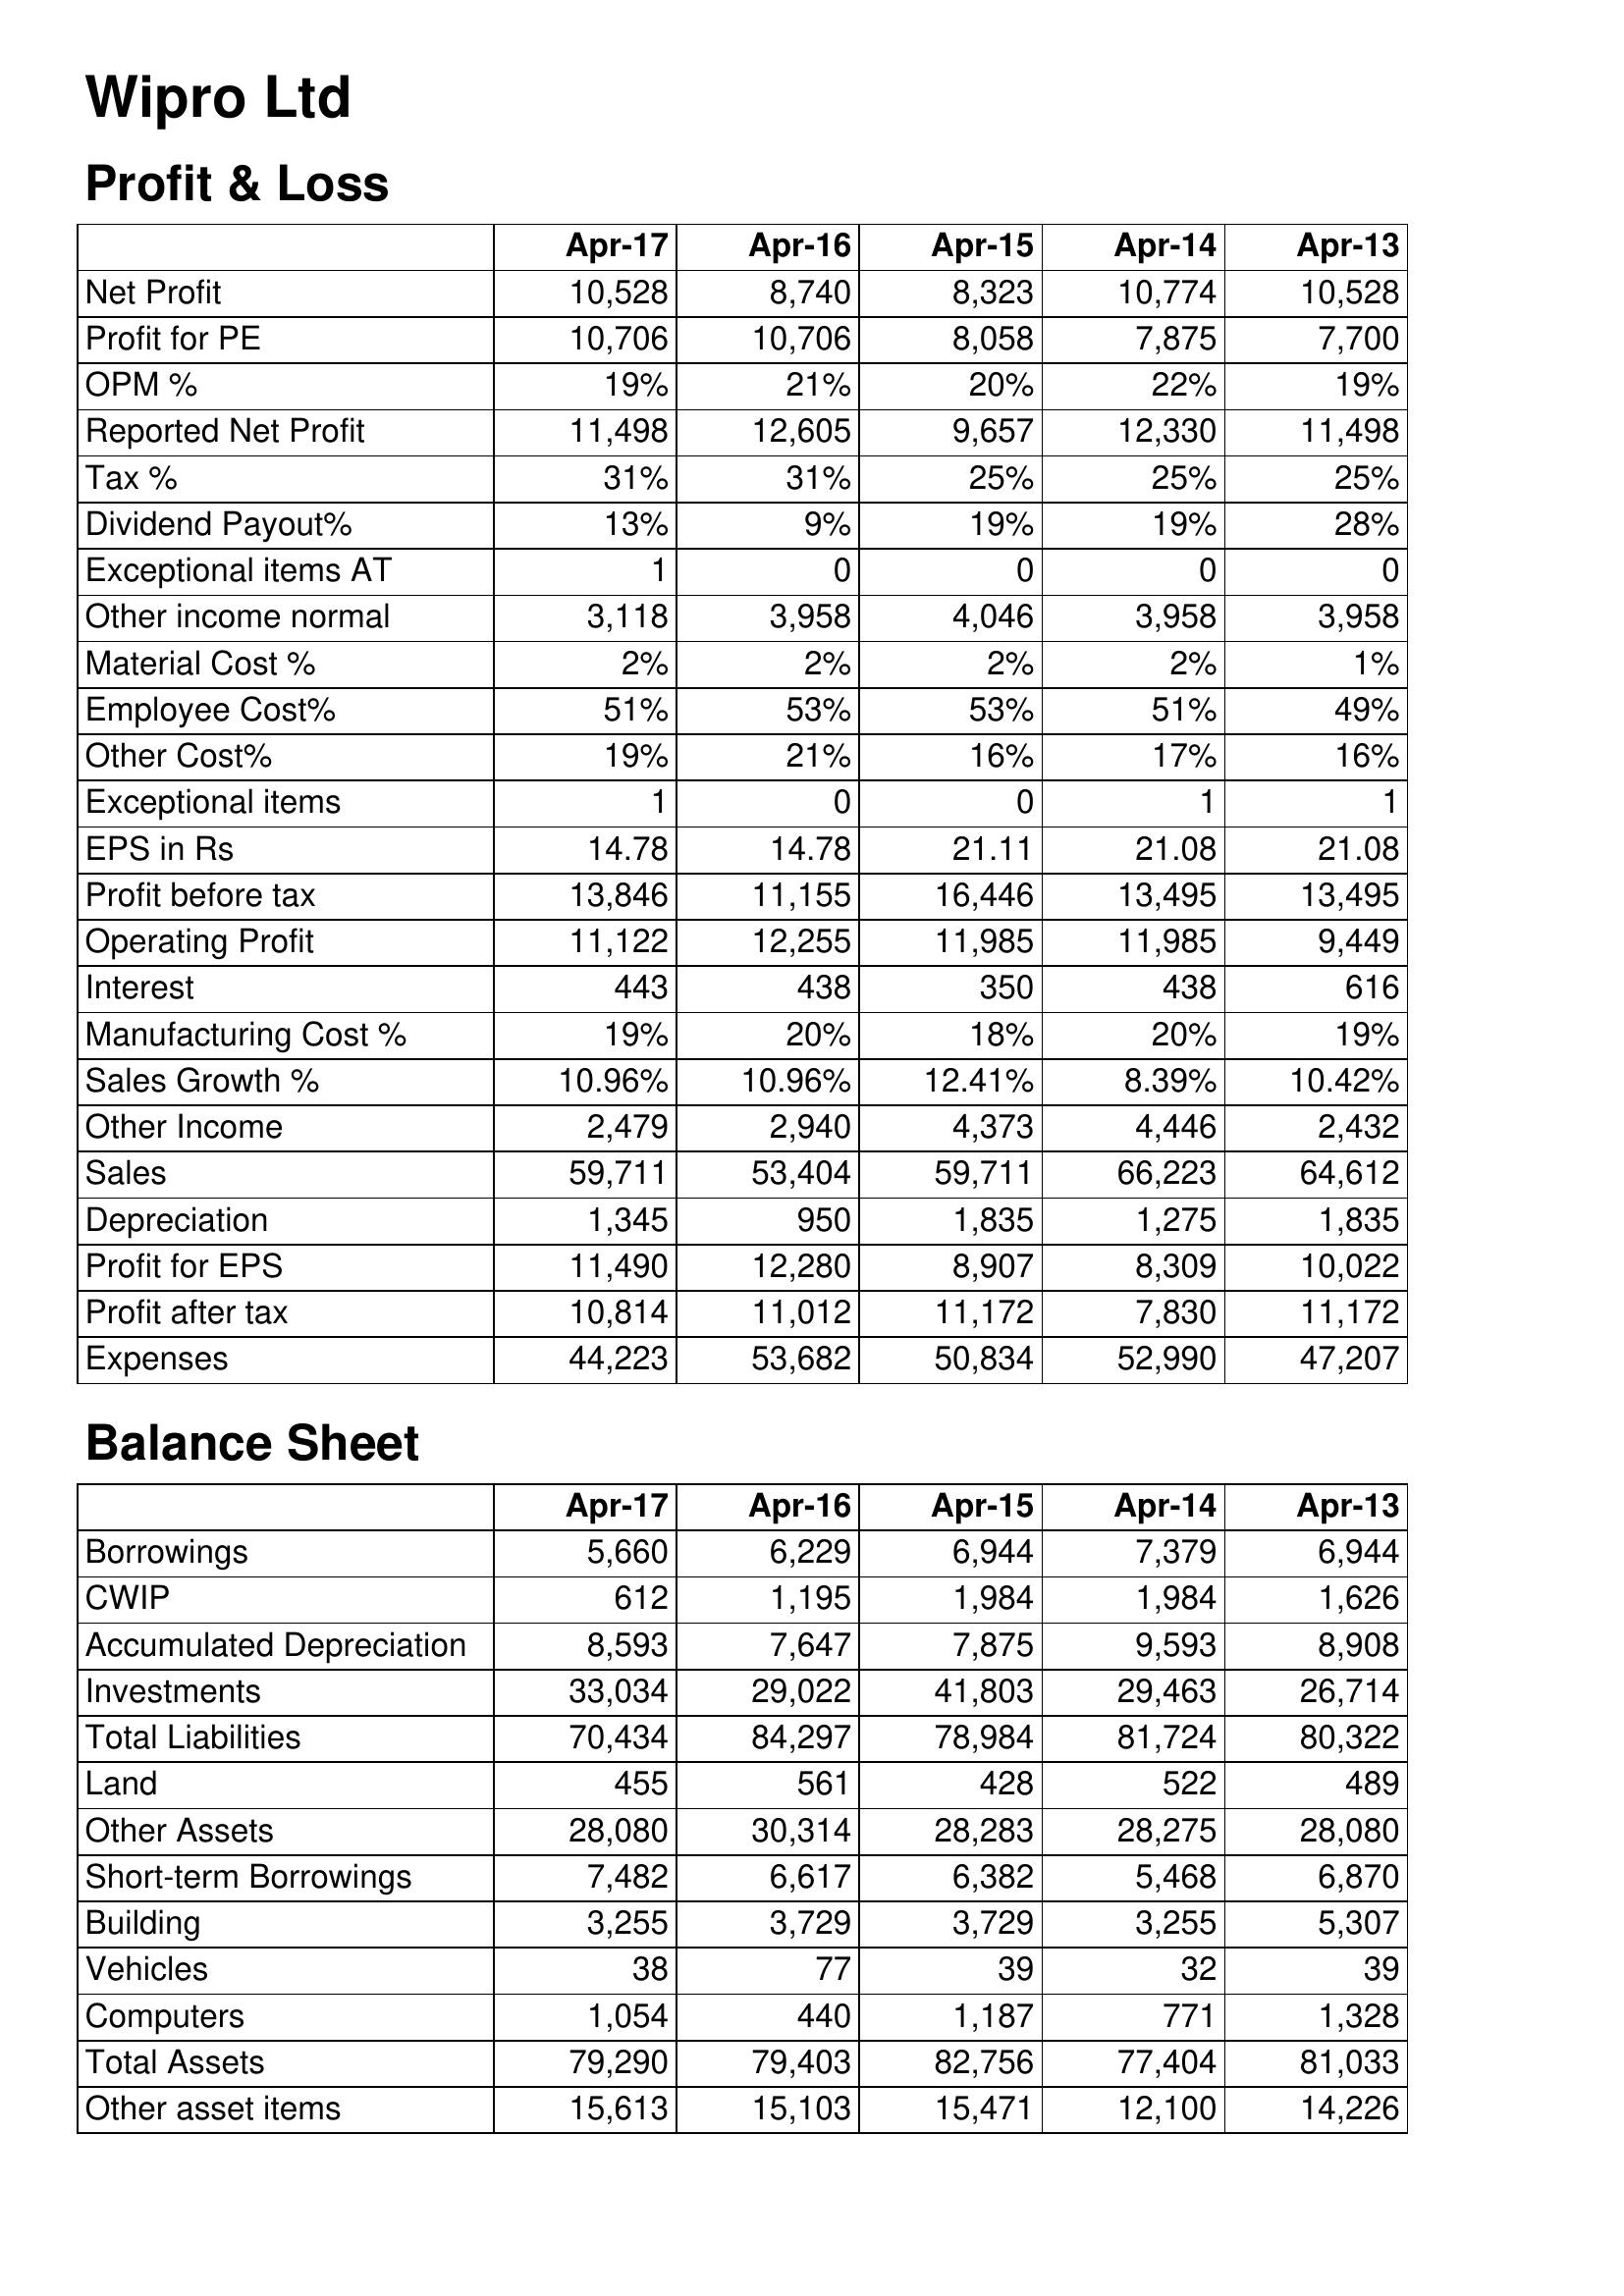
Apr-17: Profit & Loss: Net Profit: 10,528
Profit for PE: 10,706
OPM %: 19%
Reported Net Profit: 11,498
Tax %: 31%
Dividend Payout%: 13%
Exceptional items AT: 1
Other income normal: 3,118
Material Cost %: 2%
Employee Cost%: 51%
Other Cost%: 19%
Exceptional items: 1
EPS in Rs: 14.78
Profit before tax: 13,846
Operating Profit: 11,122
Interest: 443
Manufacturing Cost %: 19%
Sales Growth %: 10.96%
Other Income: 2,479
Sales: 59,711
Depreciation: 1,345
Profit for EPS: 11,490
Profit after tax: 10,814
Expenses: 44,223
Balance Sheet: Borrowings: 5,660
CWIP: 612
Accumulated Depreciation: 8,593
Investments: 33,034
Total Liabilities: 70,434
Land: 455
Other Assets: 28,080
Short-term Borrowings: 7,482
Building: 3,255
Vehicles: 38
Computers: 1,054
Total Assets: 79,290
Other asset items: 15,613
Apr-16: Profit & Loss: Net Profit: 8,740
Profit for PE: 10,706
OPM %: 21%
Reported Net Profit: 12,605
Tax %: 31%
Dividend Payout%: 9%
Exceptional items AT: 0
Other income normal: 3,958
Material Cost %: 2%
Employee Cost%: 53%
Other Cost%: 21%
Exceptional items: 0
EPS in Rs: 14.78
Profit before tax: 11,155
Operating Profit: 12,255
Interest: 438
Manufacturing Cost %: 20%
Sales Growth %: 10.96%
Other Income: 2,940
Sales: 53,404
Depreciation: 950
Profit for EPS: 12,280
Profit after tax: 11,012
Expenses: 53,682
Balance Sheet: Borrowings: 6,229
CWIP: 1,195
Accumulated Depreciation: 7,647
Investments: 29,022
Total Liabilities: 84,297
Land: 561
Other Assets: 30,314
Short-term Borrowings: 6,617
Building: 3,729
Vehicles: 77
Computers: 440
Total Assets: 79,403
Other asset items: 15,103
Apr-15: Profit & Loss: Net Profit: 8,323
Profit for PE: 8,058
OPM %: 20%
Reported Net Profit: 9,657
Tax %: 25%
Dividend Payout%: 19%
Exceptional items AT: 0
Other income normal: 4,046
Material Cost %: 2%
Employee Cost%: 53%
Other Cost%: 16%
Exceptional items: 0
EPS in Rs: 21.11
Profit before tax: 16,446
Operating Profit: 11,985
Interest: 350
Manufacturing Cost %: 18%
Sales Growth %: 12.41%
Other Income: 4,373
Sales: 59,711
Depreciation: 1,835
Profit for EPS: 8,907
Profit after tax: 11,172
Expenses: 50,834
Balance Sheet: Borrowings: 6,944
CWIP: 1,984
Accumulated Depreciation: 7,875
Investments: 41,803
Total Liabilities: 78,984
Land: 428
Other Assets: 28,283
Short-term Borrowings: 6,382
Building: 3,729
Vehicles: 39
Computers: 1,187
Total Assets: 82,756
Other asset items: 15,471
Apr-14: Profit & Loss: Net Profit: 10,774
Profit for PE: 7,875
OPM %: 22%
Reported Net Profit: 12,330
Tax %: 25%
Dividend Payout%: 19%
Exceptional items AT: 0
Other income normal: 3,958
Material Cost %: 2%
Employee Cost%: 51%
Other Cost%: 17%
Exceptional items: 1
EPS in Rs: 21.08
Profit before tax: 13,495
Operating Profit: 11,985
Interest: 438
Manufacturing Cost %: 20%
Sales Growth %: 8.39%
Other Income: 4,446
Sales: 66,223
Depreciation: 1,275
Profit for EPS: 8,309
Profit after tax: 7,830
Expenses: 52,990
Balance Sheet: Borrowings: 7,379
CWIP: 1,984
Accumulated Depreciation: 9,593
Investments: 29,463
Total Liabilities: 81,724
Land: 522
Other Assets: 28,275
Short-term Borrowings: 5,468
Building: 3,255
Vehicles: 32
Computers: 771
Total Assets: 77,404
Other asset items: 12,100
Apr-13: Profit & Loss: Net Profit: 10,528
Profit for PE: 7,700
OPM %: 19%
Reported Net Profit: 11,498
Tax %: 25%
Dividend Payout%: 28%
Exceptional items AT: 0
Other income normal: 3,958
Material Cost %: 1%
Employee Cost%: 49%
Other Cost%: 16%
Exceptional items: 1
EPS in Rs: 21.08
Profit before tax: 13,495
Operating Profit: 9,449
Interest: 616
Manufacturing Cost %: 19%
Sales Growth %: 10.42%
Other Income: 2,432
Sales: 64,612
Depreciation: 1,835
Profit for EPS: 10,022
Profit after tax: 11,172
Expenses: 47,207
Balance Sheet: Borrowings: 6,944
CWIP: 1,626
Accumulated Depreciation: 8,908
Investments: 26,714
Total Liabilities: 80,322
Land: 489
Other Assets: 28,080
Short-term Borrowings: 6,870
Building: 5,307
Vehicles: 39
Computers: 1,328
Total Assets: 81,033
Other asset items: 14,226